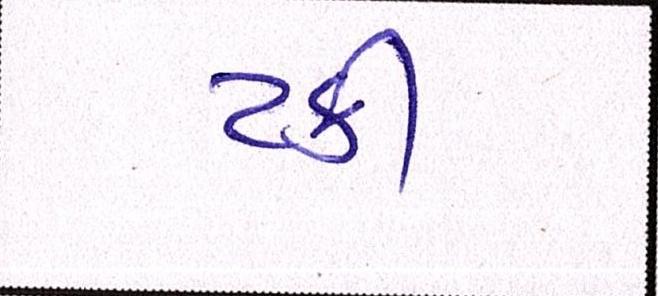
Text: ટકી